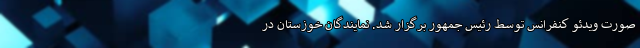
صورت ویدئو کنفرانس توسط رئیس جمهور برگزار شد. نمایندگان خوزستان در